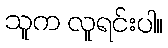
သူက လူရင်းပါ။